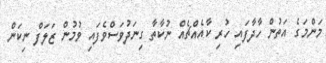
މަންމަގެ އަތުން ހާދާފައި ހުރި ކާއެއްޗެއް ނުކާތާ ގިނަދުވަސްވެފައި ވުމުން ޒަލަފް ނިކަން